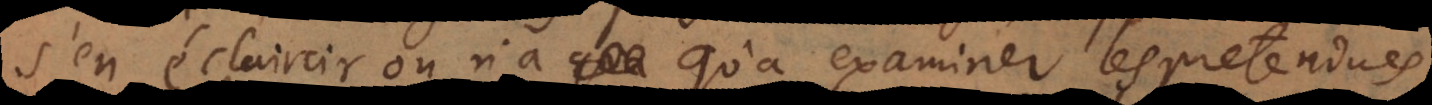
s’en éclaircir on n’a qu’à examiner les pretendues